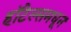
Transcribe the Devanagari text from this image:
हॉटेल्समधून